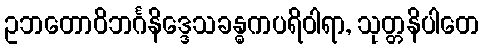
ဥဘတောဝိဘင်္ဂနိဒ္ဒေသခန္ဓကပရိဝါရာ, သုတ္တနိပါတေ